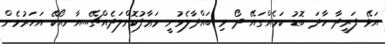
އަޅޭ ފަރީދާ ހާދަ ބޮޑު ކަމެއްގައޭ ދޯ މި ބައްދާލެވުނީ މަޢާފުކޮށްލަދެއްޗޭ....އާނއޯކޭ އަހަރުމެން